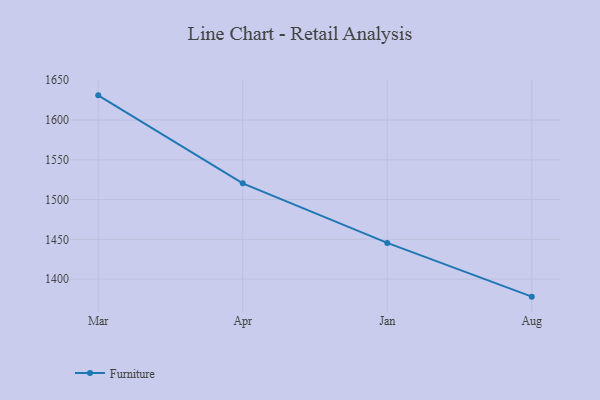
{"axis": {"x": "Month", "y": "Shipments"}, "legend": ["Furniture"], "data": [{"x": "Mar", "y": 1631.0, "type": "Furniture"}, {"x": "Apr", "y": 1520.4, "type": "Furniture"}, {"x": "Jan", "y": 1445.5, "type": "Furniture"}, {"x": "Aug", "y": 1378.0, "type": "Furniture"}]}